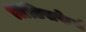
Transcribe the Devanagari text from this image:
लिंडिसफेर्न